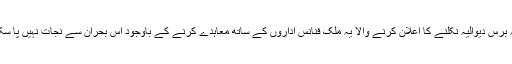
گزشتہ برس دیوالیہ نکلنے کا اعلان کرنے والا یہ ملک فنانس اداروں کے ساتھ معاہدے کرنے کے باوجود اس بحران سے نجات نہیں پا سکا ہے۔